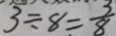
3 \div 8 = \frac { 3 } { 8 }